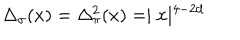
\Delta _ { \sigma } ( x ) = \Delta _ { \pi } ^ { 2 } ( x ) = \mid { x } \mid ^ { 4 - 2 d }